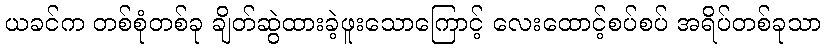
ယခင်က တစ်စုံတစ်ခု ချိတ်ဆွဲထားခဲ့ဖူးသောကြောင့် လေးထောင့်စပ်စပ် အရိပ်တစ်ခုသာ